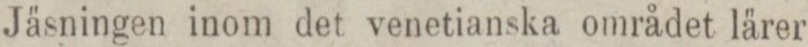
Jäsningen inom det venetianska området lärer